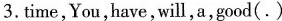
3.time,You,have,will,a,good(.)